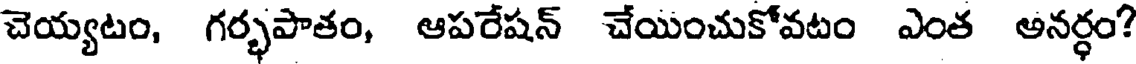
చెయ్యటం, గర్భపాతం, ఆపరేషన్ చేయించుకోవటం ఎంత అనర్ధం?